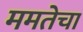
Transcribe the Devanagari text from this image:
ममतेचा